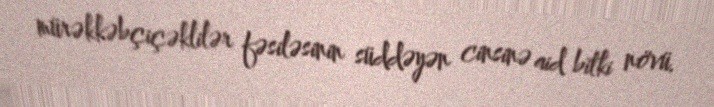
mürəkkəbçiçəklilər fəsiləsinin süddəyən cinsinə aid bitki növü.